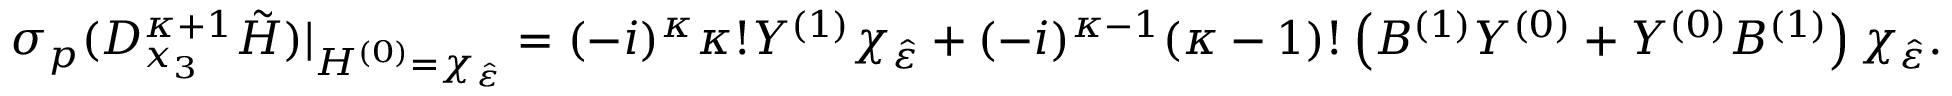
\sigma _ { p } ( D _ { x _ { 3 } } ^ { \kappa + 1 } \tilde { H } ) \vert _ { H ^ { ( 0 ) } = \chi _ { \hat { \varepsilon } } } = ( - i ) ^ { \kappa } \kappa ! Y ^ { ( 1 ) } \chi _ { \hat { \varepsilon } } + ( - i ) ^ { \kappa - 1 } ( \kappa - 1 ) ! \left( B ^ { ( 1 ) } Y ^ { ( 0 ) } + Y ^ { ( 0 ) } B ^ { ( 1 ) } \right) \chi _ { \hat { \varepsilon } } .